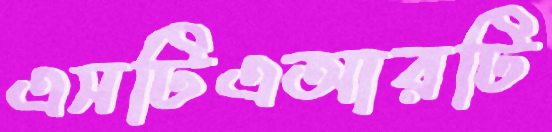
এসটিএআরটি